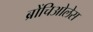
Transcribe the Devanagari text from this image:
ब्रोंचिओलेस